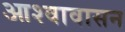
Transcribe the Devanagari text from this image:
आश्वावासन